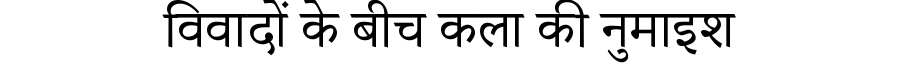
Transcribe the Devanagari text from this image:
विवादों के बीच कला की नुमाइश